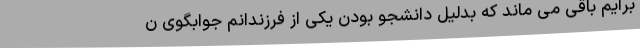
برایم باقی می ماند که بدلیل دانشجو بودن یکی از فرزندانم جوابگوی ن